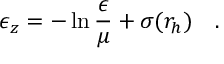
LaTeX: \epsilon _ { z } = - \ln { \frac { \epsilon } { \mu } } + \sigma ( r _ { h } ) ~ ~ ~ .